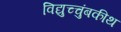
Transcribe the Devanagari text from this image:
विद्युच्चुंबकीथ